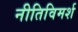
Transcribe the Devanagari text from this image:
नीतिविमर्श